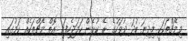
މިމެޗްތަކަކީ މިދިޔަ ބުދަ ދުވަހުގެ ރޭ ކުޅެން ހަމަޖެހިފައި އޮތް މެޗްތަކެއް ކަމުގައި